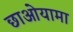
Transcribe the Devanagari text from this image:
छाओयामा